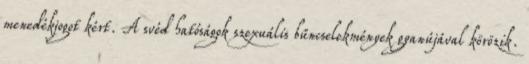
menedékjogot kért. A svéd hatóságok szexuális bűncselekmények gyanújával körözik.